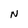
Character: N